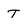
Character: T